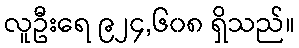
လူဦးရေ ၉၂၄,၆၀၈ ရှိသည်။